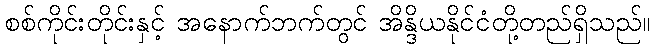
စစ်ကိုင်းတိုင်းနှင့် အနောက်ဘက်တွင် အိန္ဒိယနိုင်ငံတို့တည်ရှိသည်။